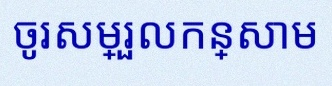
ចូរសម្រួលកន្សោម